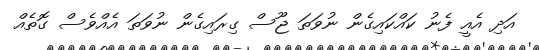
އަދި އެއީ ފެނު ކައްކައިގެން ނުވަތަ ޖޫސް ގިރައިގެން ނުވަތަ އެއްވެސް ގޮތެއް